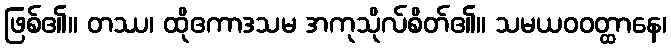
ဖြစ်၏။ တဿ၊ ထိုဧကာဒသမ အကုသိုလ်စိတ်၏။ သမယဝဝတ္ထာနေ၊